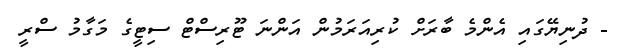
- ދުނިޔޭގައި އެންމެ ބާރަށް ކުރިއަރަމުން އަންނަ ޓޫރިސްޓް ސިޓީގެ މަގާމު ސްރީ